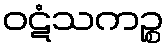
ဝဋံသကဉ္စ